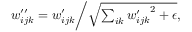
\begin{array} { r } { \left. w _ { i j k } ^ { \prime \prime } = w _ { i j k } ^ { \prime } \middle / \sqrt { \sum _ { i k } { w _ { i j k } ^ { \prime } } ^ { 2 } + \epsilon } , \right. } \end{array}